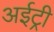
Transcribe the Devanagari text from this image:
अईट्री